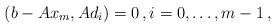
LaTeX: \begin{align*}(b-A x_m,A d_i) = 0\,,i=0,\dots,m-1\,,\end{align*}